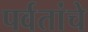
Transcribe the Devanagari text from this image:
पर्वतांचे